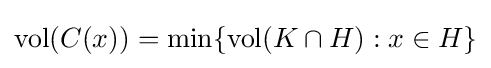
\operatorname {vol} (C(x))=\operatorname {min} \{\operatorname {vol} (K\cap H):x\in H\}